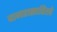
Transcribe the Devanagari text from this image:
वानरासारिखे